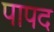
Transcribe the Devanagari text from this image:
पापद